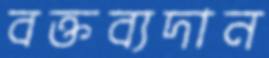
বক্তব্যদান